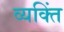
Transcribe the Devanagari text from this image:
व्यक्तिं